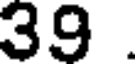
39.